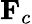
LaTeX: \mathbf{F}_{c}